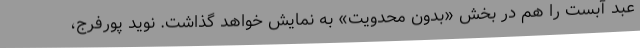
عبد آبست را هم در بخش «بدون محدویت» به نمایش خواهد گذاشت. نوید پورفرج،